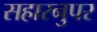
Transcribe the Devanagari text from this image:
सहारनुपर